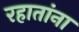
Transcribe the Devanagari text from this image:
रहातांना